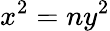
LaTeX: x^{2}=ny^{2}